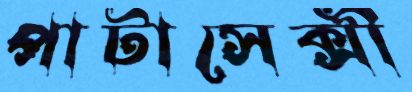
পাটাসেক্সী